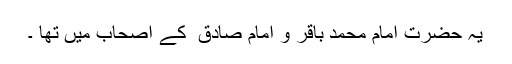
یہ حضرت امام محمد باقر و امام صادق ؑ کے اصحاب میں تھا ۔